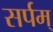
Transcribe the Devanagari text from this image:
सर्पम्